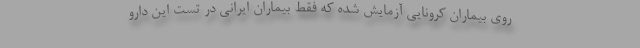
روی بیماران کرونایی آزمایش شده که فقط بیماران ایرانی در تست این دارو